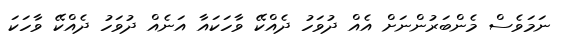
ނަމަވެސް މެންބަރުންނަށް އެއް ދުވަހު ދެއްކޭ ވާހަކައާ އަނެއް ދުވަހު ދެއްކޭ ވާހަކަ